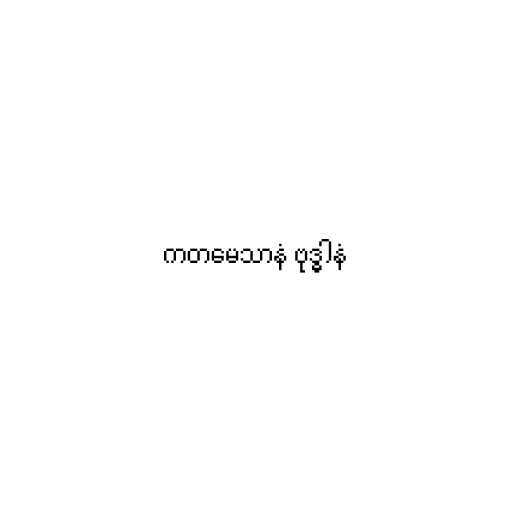
ကတမေသာနံ ဗုဒ္ဓါနံ